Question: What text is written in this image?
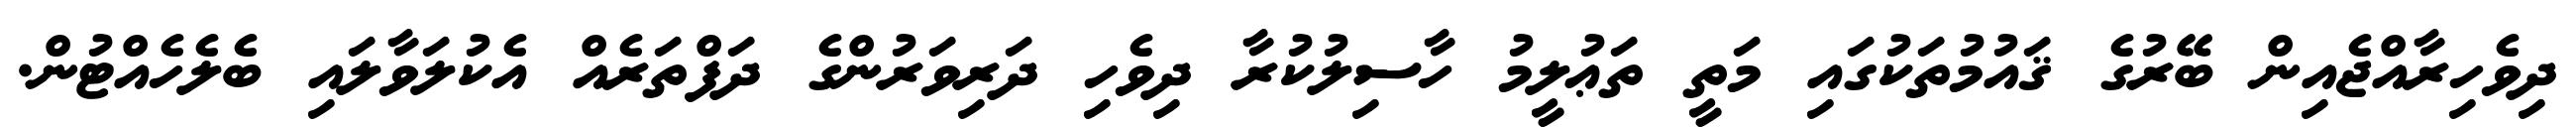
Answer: ދިވެހިރާއްޖެއިން ބޭރުގެ ޤައުމުތަކުގައި މަތީ ތަޢުލީމު ހާސިލުކުރާ ދިވެހި ދަރިވަރުންގެ ދަފްތަރެއް އެކުލަވާލައި ބެލެހެއްޓުން.